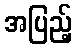
အပြည့်